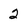
Character: 2